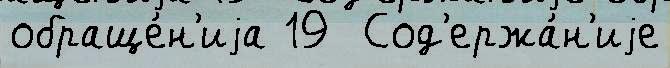
обраще́н'иjа 19  Сод'ержа́н'иjе